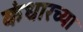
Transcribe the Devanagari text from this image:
कंधारच्या